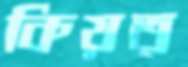
কিয়ত্